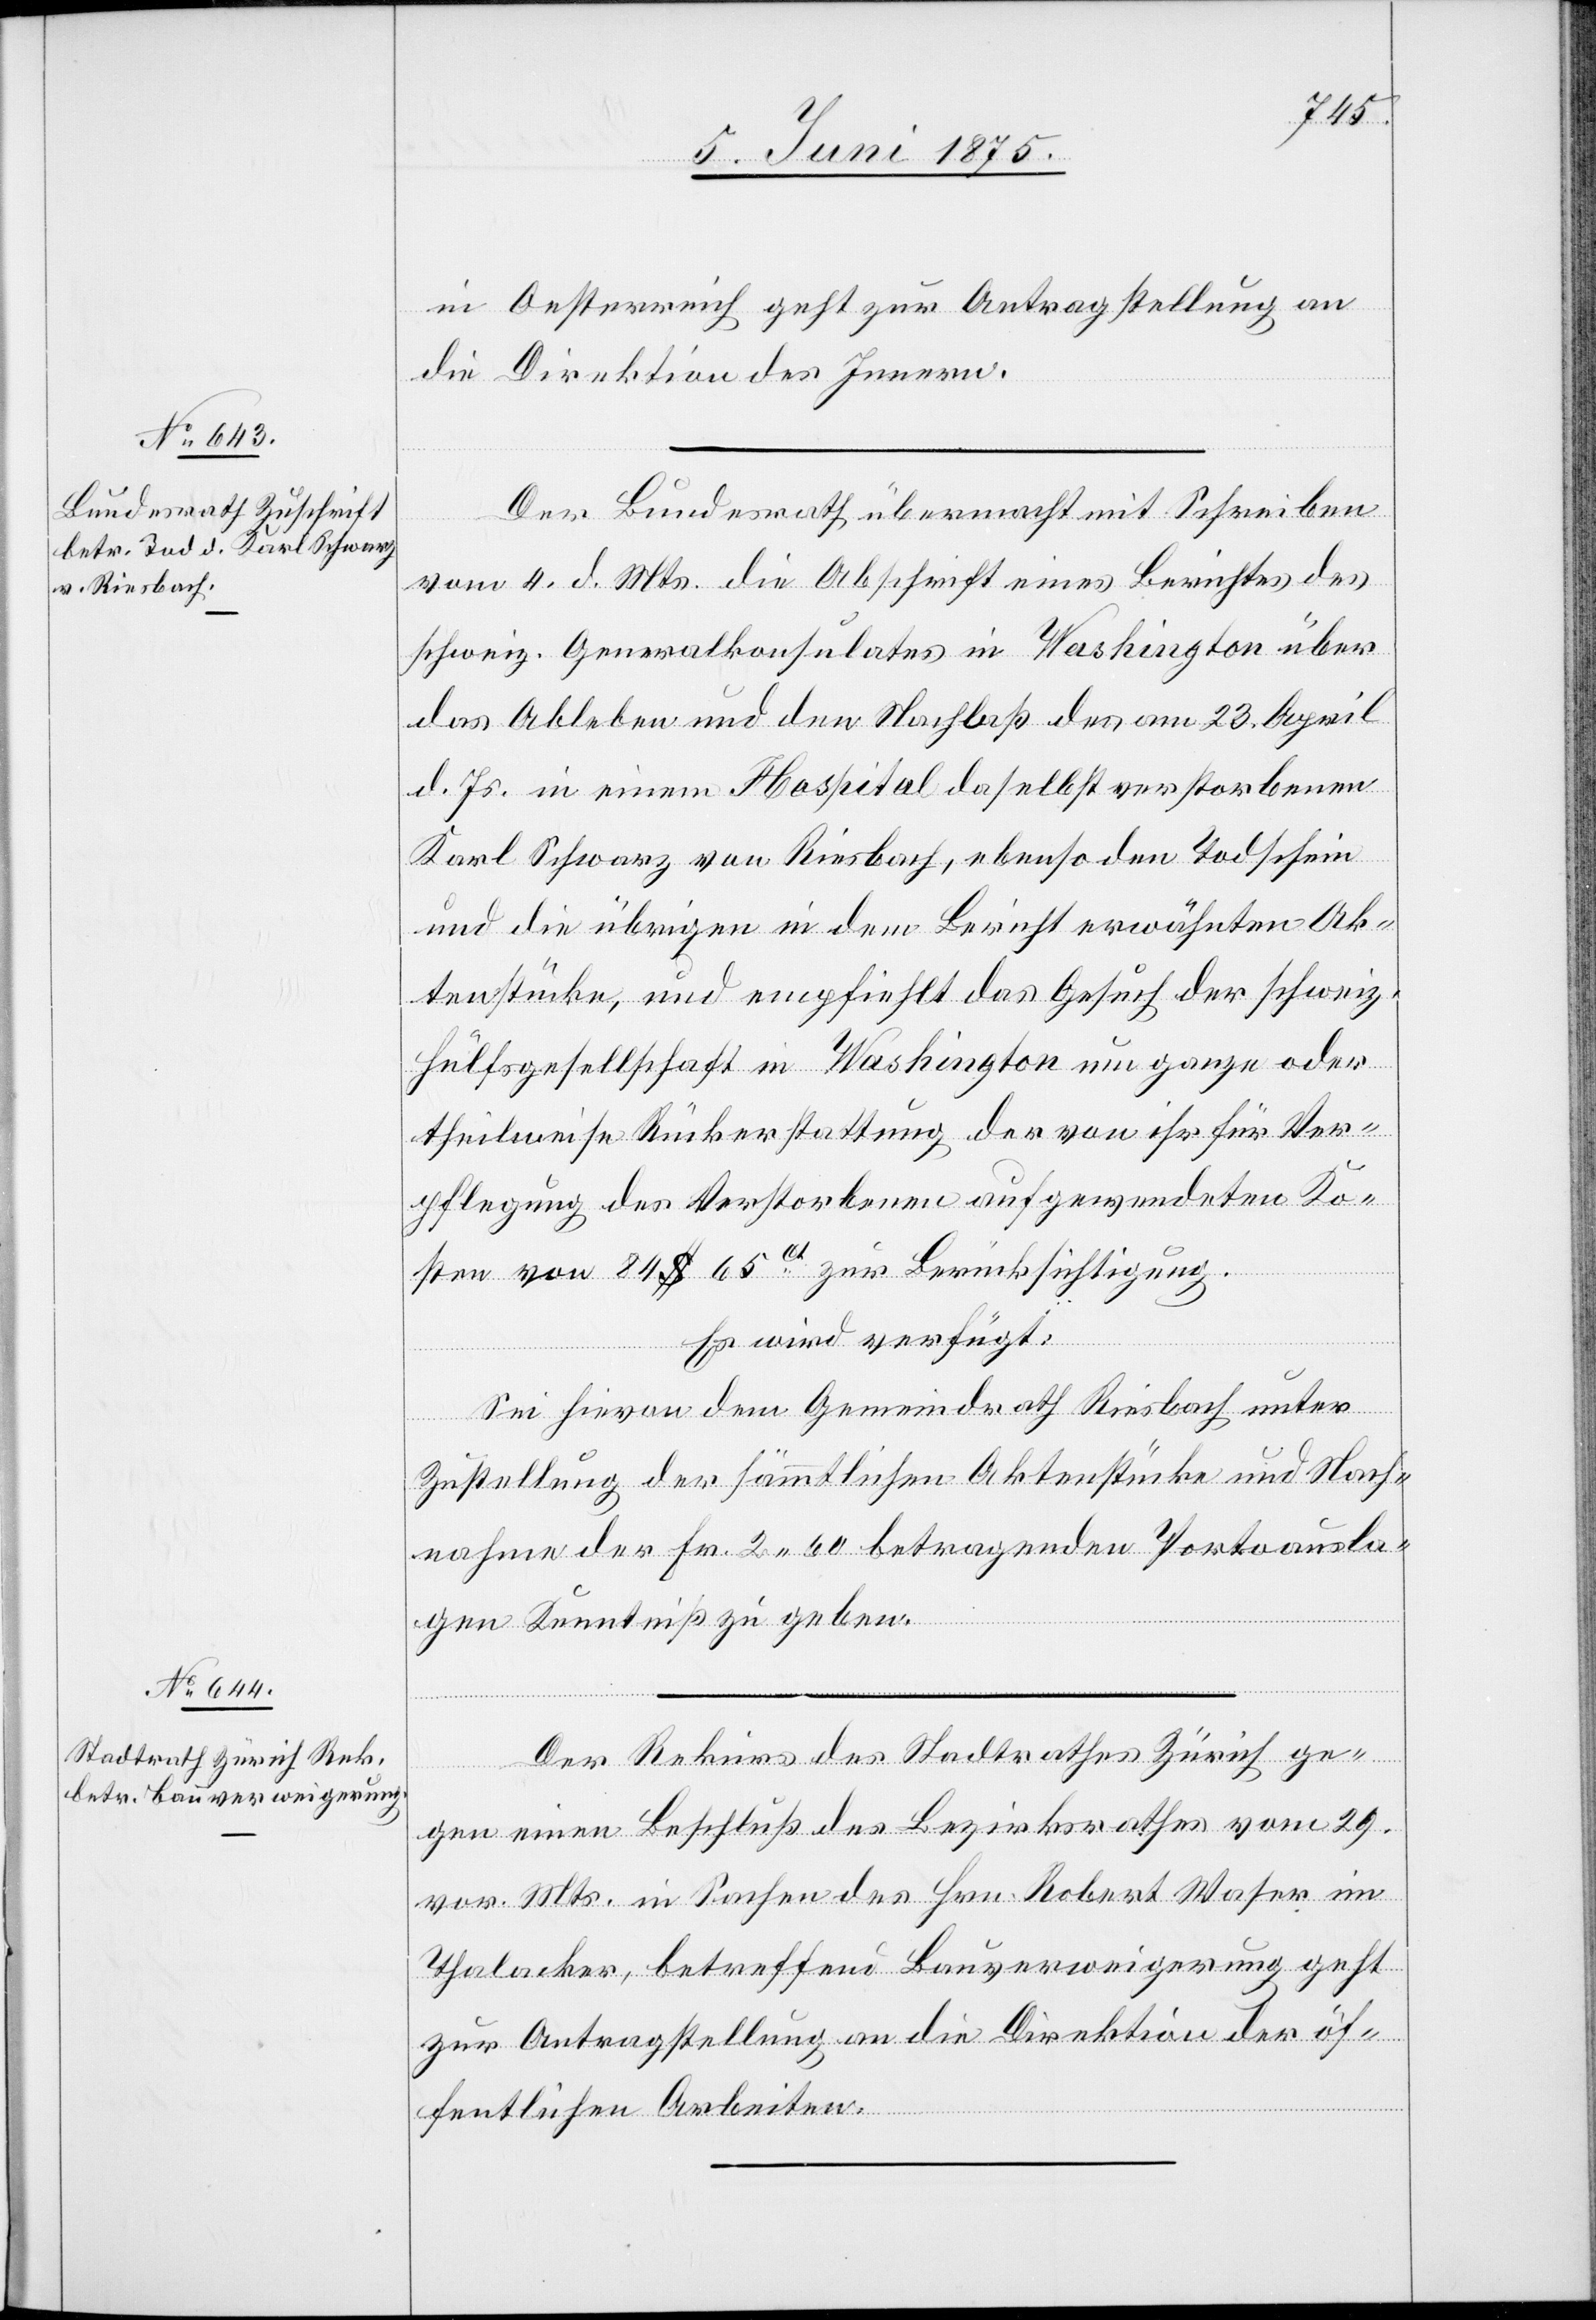
9. Juni 1875.]
in Oesterreich geht zur Antragstellung an
die Direktion des Innern.
Der Bundesrath übermacht mit Schreiben
vom 4. d. Mts. die Abschrift eines Berichtes des
schweiz. Generalkonsulates in Washington über
das Ableben und den Nachlaß des am 23. April
d. Js. in einem Hospital daselbst verstorbenen
Karl Schwarz von Riesbach, ebenso den Todschein
und die übrigen in dem Bericht erwähnten Ak¬
tenstücke, und empfiehlt das Gesuch der schweiz.
Hülfsgesellschaft in Washington um ganze oder
theilweise Rückerstattung der von ihr für Ver¬
pflegung des Verstorbenen aufgewendeten Ko¬
sten von 84 $ 65ct zur Berücksichtigung.
Es wird verfügt:
Sei hievon dem Gemeindrath Riesbach unter
Zustellung der sämmtlichen Aktenstücke und Nach¬
nahme der Fr. 2 60 betragenden Portoausla¬
gen Kenntniß zu geben.
Der Rekurs des Stadtrathes Zürich ge¬
gen einen Beschluß des Bezirksrathes vom 29.
vor. Mts. in Sachen des Hrn. Robert Waser im
Thalacker, betreffend Bauverweigerung geht
zur Antragstellung an die Direktion der öf¬
fentlichen Arbeiten.